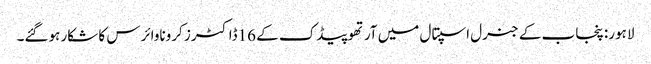
لاہور: پنجاب کے جنرل اسپتال میں آرتھوپیڈک کے 16ڈاکٹرز کروناوائرس کا شکار ہوگئے۔